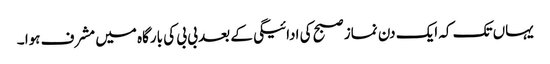
یہاں تک کہ ایک دن نماز صبح کی ادائیگی کے بعد بی بی کی بارگاہ میں مشرف ہوا ۔